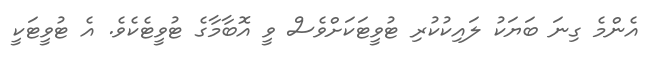
އެންމެ ގިނަ ބަޔަކު ލައިކުކުރި ޓުވީޓަކަށްވެސް ވީ އޮބާމާގެ ޓުވީޓެކެވެ. އެ ޓުވީޓަކީ